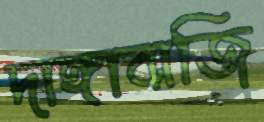
দাঙ্গাবাজি